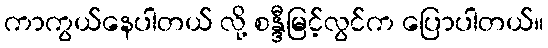
ကာကွယ်နေပါတယ် လို့ စန္ဒီမြင့်လွင်က ပြောပါတယ်။